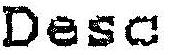
DESC